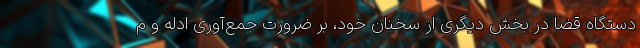
دستگاه قضا در بخش دیگری از سخنان خود، بر ضرورت جمع‌آوری ادلّه و م